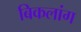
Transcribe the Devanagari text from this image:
बिकलांग